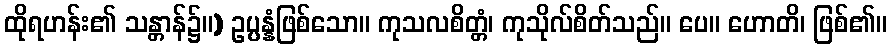
ထိုရဟန်း၏ သန္တာန်၌။) ဥပ္ပန္နံဖြစ်သော။ ကုသလစိတ္တံ၊ ကုသိုလ်စိတ်သည်။ ပေ။ ဟောတိ၊ ဖြစ်၏။